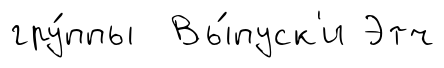
гру́ппы Вы́пуск'и Этч